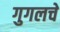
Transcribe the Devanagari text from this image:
गुगलचे